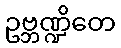
ဥဗ္ဘဏ္ဍိတေ